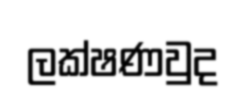
ලක්ෂණවුද